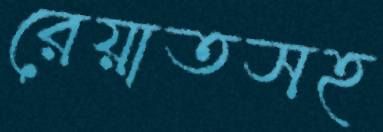
রেয়াতসহ